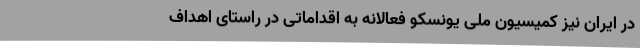
در ایران نیز کمیسیون ملی یونسکو فعالانه به اقداماتی در راستای اهداف